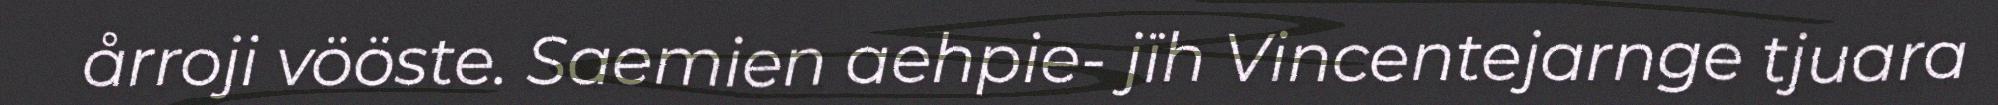
årroji vööste. Saemien aehpie- jïh Vincentejarnge tjuara